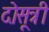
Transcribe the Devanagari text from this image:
दोसूत्री